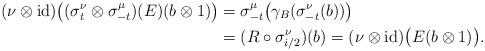
LaTeX: \begin{align*}(\nu\otimes\operatorname{id})\bigl((\sigma^{\nu}_t\otimes\sigma^{\mu}_{-t})(E)(b\otimes1)\bigr)&=\sigma^{\mu}_{-t}\bigl(\gamma_B(\sigma^{\nu}_{-t}(b))\bigr) \\&=(R\circ\sigma^{\nu}_{i/2})(b)=(\nu\otimes\operatorname{id})\bigl(E(b\otimes1)\bigr).\end{align*}